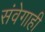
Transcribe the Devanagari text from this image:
संवेगाही